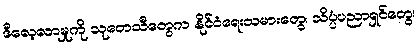
ဒီလေ့လာမှုကို သုတေသီတွေက နိုင်ငံရေးသမားတွေ၊ သိပ္ပံပညာရှင်တွေ၊